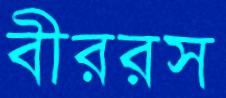
বীররস